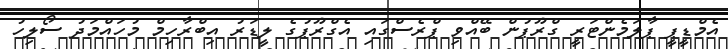
އެމްޑީޕީ ޕާލަމެންޓަރީ ގްރޫޕުން ބޭއްވި ޕްރެސްގައި އެގްރޫޕުގެ ލީޑަރު އިބްރާހިމް މުހައްމަދު ސޯލިހު